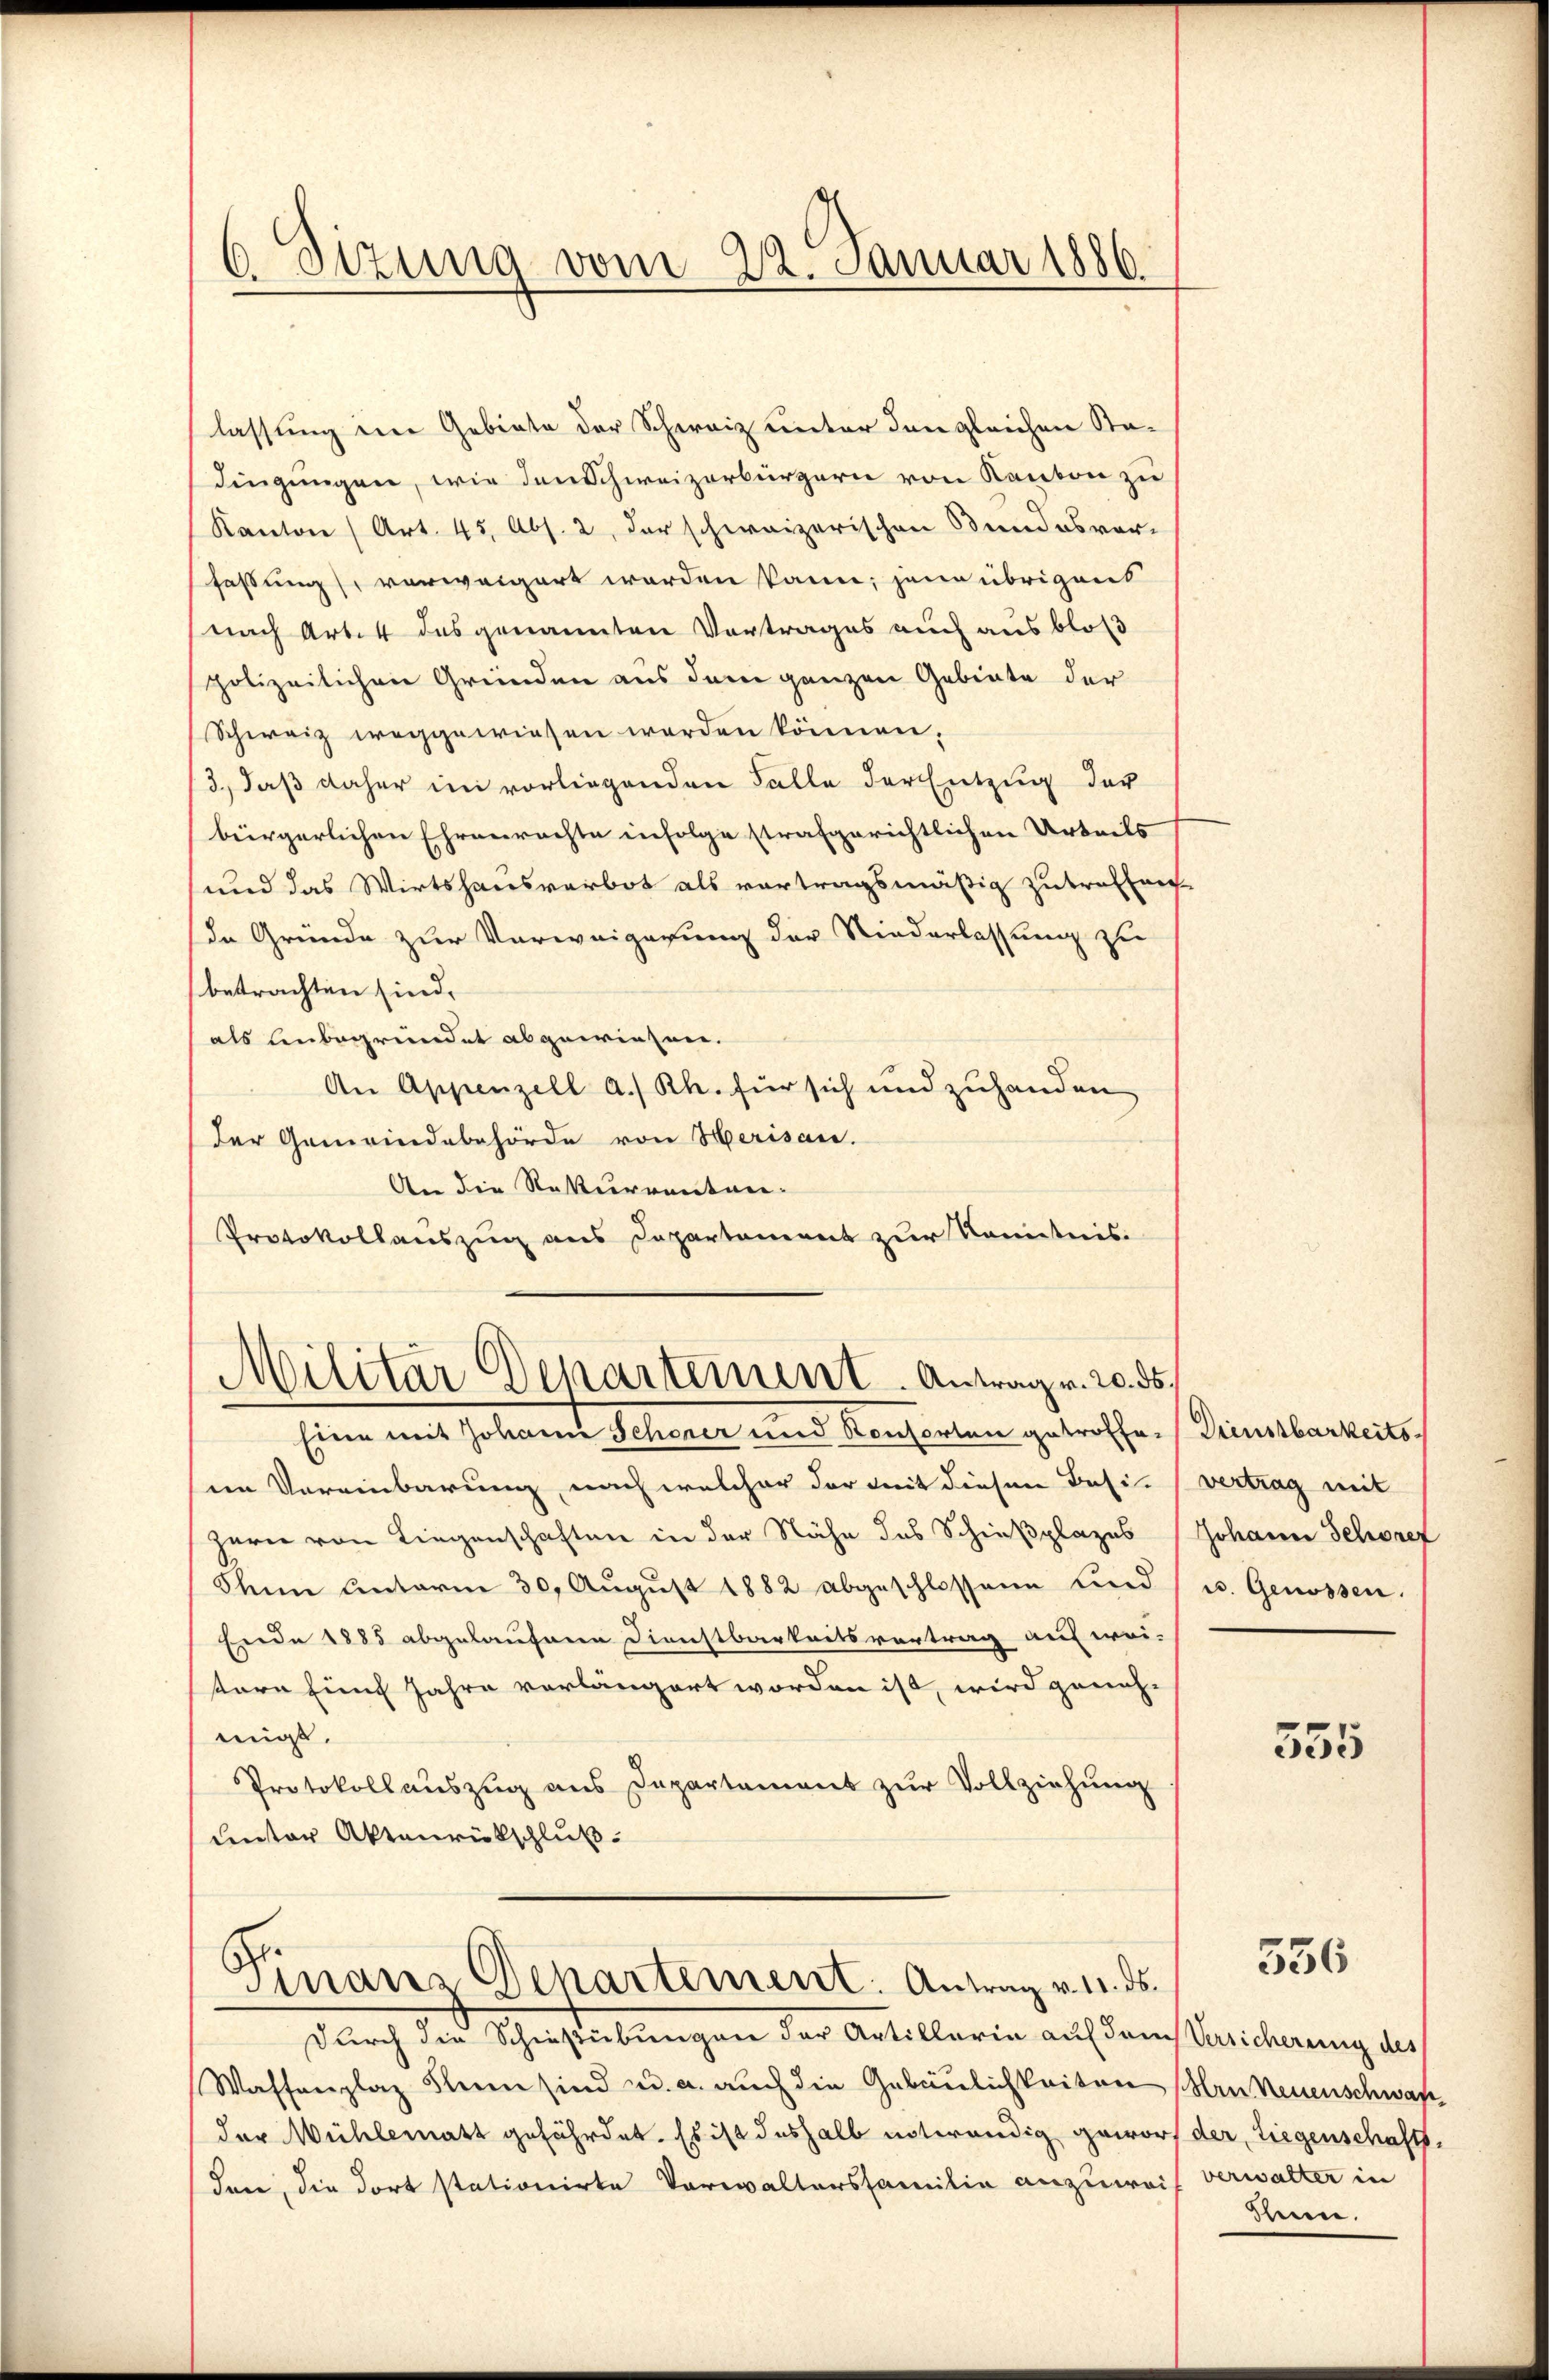
6 Sizung vom 22. Januar 1886

lassung in Gebiete der Schweiz unter den gleichen Sta-
dingungen, wie den Schweizerbürgern von Kanton zu
Kanton (Art. 45, Abs. 2, der schweizerischen Bundesver-
fassung verweigert worden kann, jene übrigens
nach Arten des genannten Vortrages auch aus bloß
polizeilichen Gründen aus dem ganzen Gebiete der
Schweiz weggewiesen werden können,
3., daß daher im vorliegenden Falle der Entzug der
bürgerlichen Ehrenrachte infolge strafgerichtlichen Urteils
und das Wirtshausverbot als vortragsmäßig zutreffen
de Gründe zur Vorweigerung der Niederlassung zu
betrachten sind.
als Unbegründet abgewiesen.
An Appenzell a. Rh. für sich und zuhanden
(der Gemeindebehörde von Herisau.
An die Rekurrenten-
Protokollauszug aus Departement zur Kenntnis-
Militar Departement. Antrag v. 20. ds.
Eine mit solant Schwere und Kencharten getroffen. Dankbarkeits
sen Vereinbarung, nach welcher der mit diesen Besi- (vertrag mit
Hern von Liegenschaften in der Nähe des Schießplages Johann Schorez
Ihnn unterm 30. August 1882 abgeschlossene Kind, u. Genossen.
Ende 1885 abgelaufene Dienstbarkeitsvertrag auf wei-
tern Ein Jahre vorlängert worden ist, wird genehmir.
Protokollauszug aus Departement zur Vollziehung
unter Aktenrückschluß
Finanz Departement: Antrag v. 1. ds.
durch die Schießübungen der Artillaria auf dem Versicherung des
Waffenplaz Senn sind u. a. auch die Gebäulichkeiten lern Neuenschwaf
der Mühlematt gefährdet. Es ist deshalb notwendig geworf der Liegenschaftsden, die dort stationirte Verwaltersfamilie anzuwei-

555

556

verwalter in
Sheien.